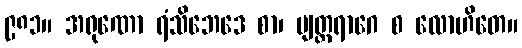
၉၈၁။ အရုဏော ရံသိဘေဒေ စာ၊ ဗျတ္တရာဂေ စ လောဟိတေ။